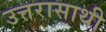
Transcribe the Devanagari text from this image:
उत्तरासाथी